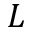
L